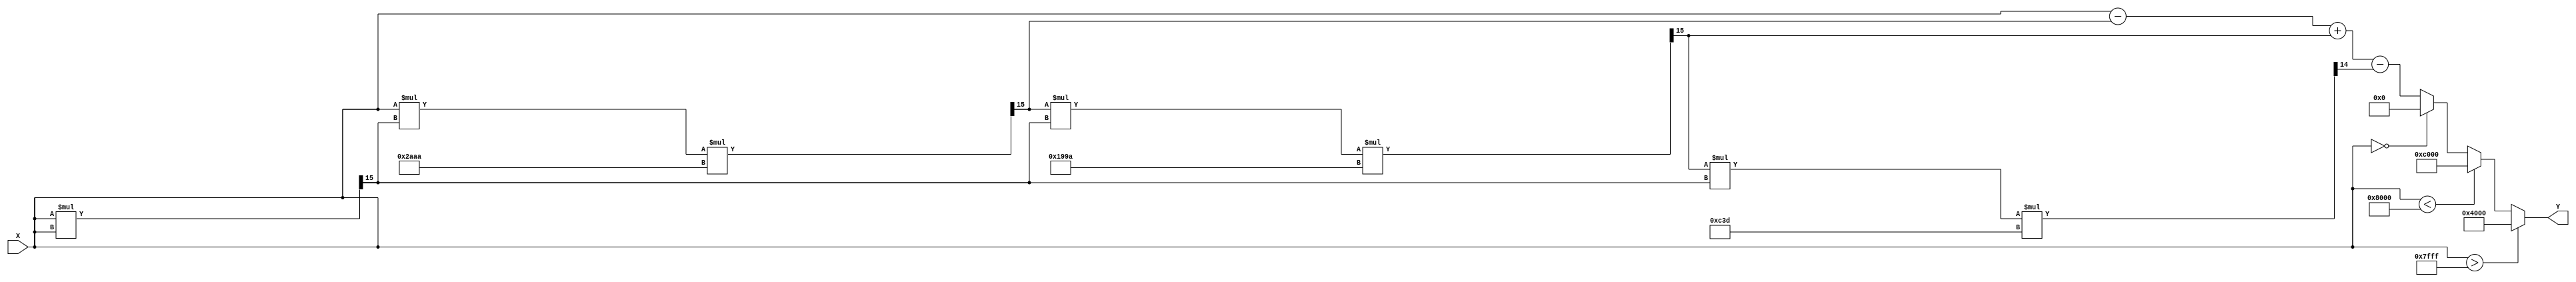
module atan_block (
    input signed [15:0] X,  // Input: Q1.15 format
    output reg signed [15:0] Y // Output: Q1.15 format
);

    // Constants for the polynomial approximation
    parameter signed [15:0] C1 = 16'h4000; // 1.0 in Q1.15
    parameter signed [15:0] C3 = 16'h2AAA; // 1/3 in Q1.15
    parameter signed [15:0] C5 = 16'h199A; // 1/5 in Q1.15
    parameter signed [15:0] C7 = 16'h0C3D; // 1/7 in Q1.15

    // Internal variables
    reg signed [15:0] x_squared;
    reg signed [15:0] term;
    reg signed [15:0] result;
    
    always @(*) begin
        // Normalize input if outside the range [-1, 1]
        if (X > 16'h7FFF) begin // X > 1
            Y = 16'h4000; // atan(+) = /2
        end else if (X < 16'h8000) begin // X < -1
            Y = 16'hC000; // atan(-) = -/2
        end else if (X == 16'h0000) begin // X = 0
            Y = 16'h0000; // atan(0) = 0
        end else begin
            // Calculate x^2
            x_squared = (X * X) >>> 15; // Q1.15 * Q1.15 = Q2.30, shift right to Q1.15

            // Calculate the polynomial approximation
            term = X; // Start with the first term (X)
            result = term; // Initialize result with the first term

            // Add the higher order terms
            term = (term * x_squared * C3) >>> 15; // 1/3 * X^3
            result = result - term; // Subtract the term

            term = (term * x_squared * C5) >>> 15; // 1/5 * X^5
            result = result + term; // Add the term

            term = (term * x_squared * C7) >>> 15; // 1/7 * X^7
            result = result - term; // Subtract the term

            // Assign the result to output
            Y = result;
        end
    end
endmodule